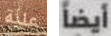
علية أيضاً